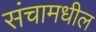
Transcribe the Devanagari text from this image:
संचामधील